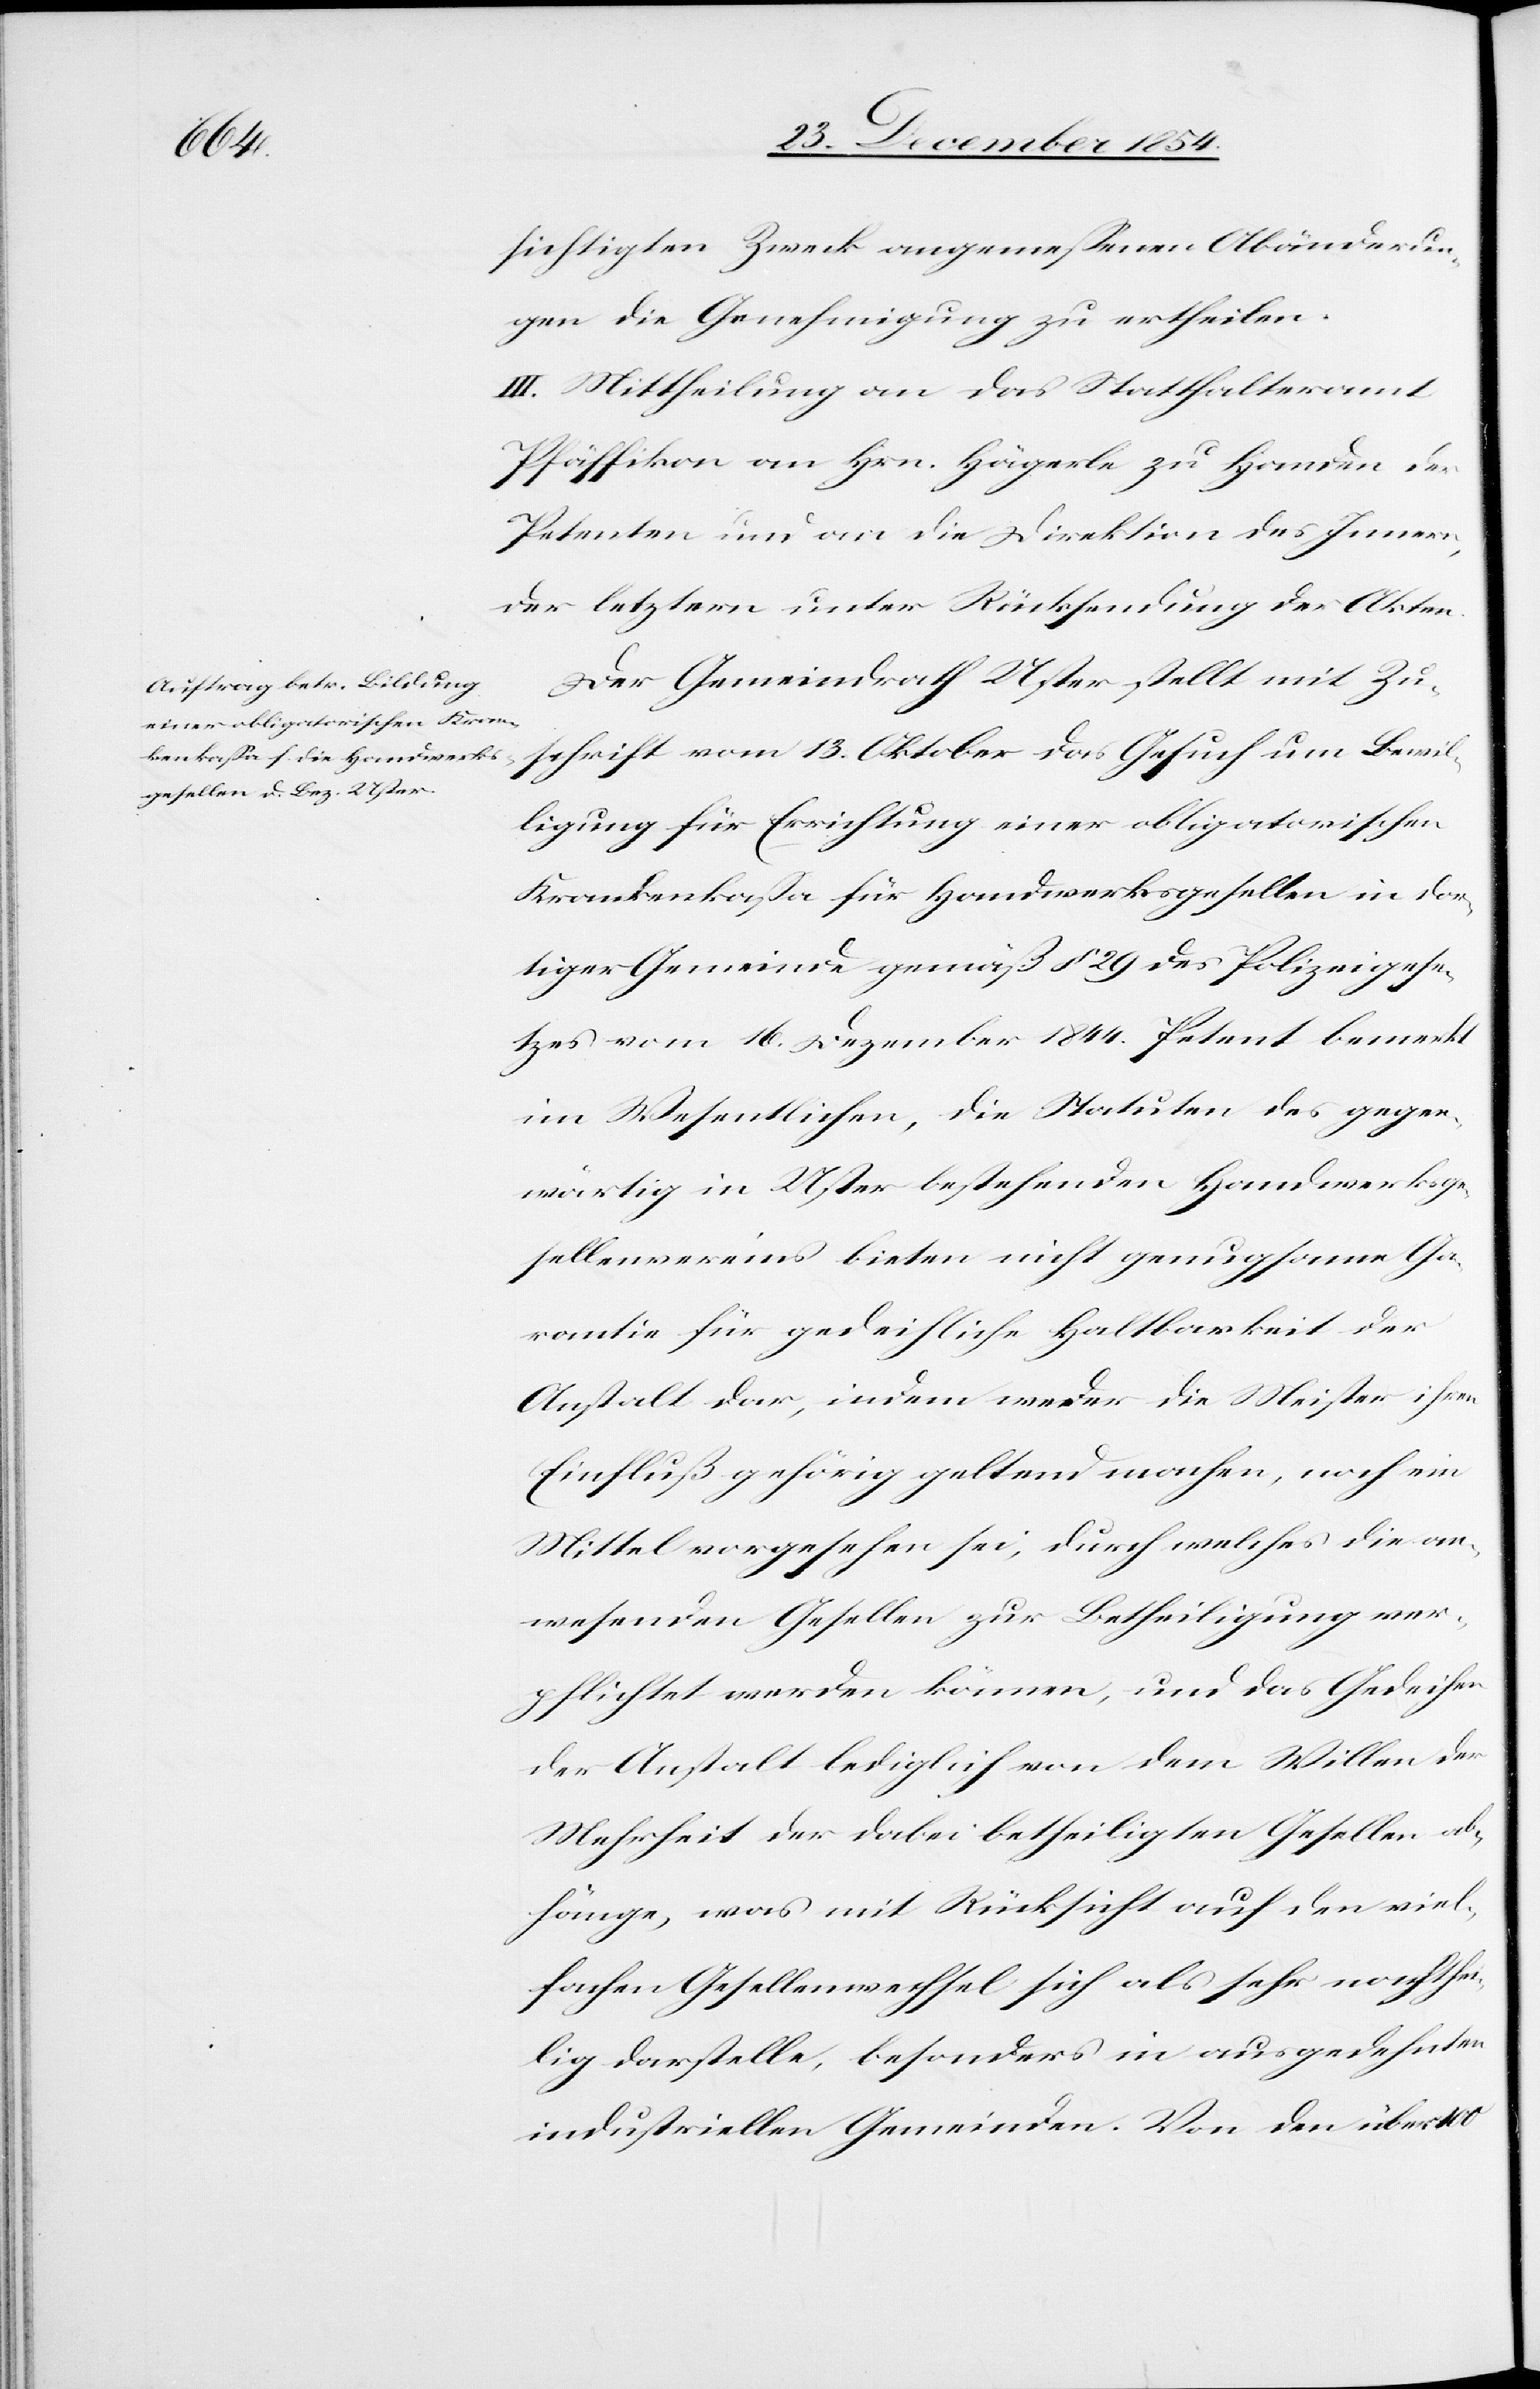
sichtigten Zweck angemeßenen Abänderun¬
gen die Genehmigung zu ertheilen.
III. Mittheilung an das Statthalteramt
Pfäffikon an Hrn. Hägerle zu Handen der
Petenten und an die Direktion des Innern,
der letztern unter Rücksendung der Akten.
Der Gemeindrath Uster stellt mit Zu¬
schrift vom 13. Oktober das Gesuch um Bewil¬
ligung für Errichtung einer obligatorischen
Krankenkaßa für Handwerksgesellen in dor¬
tiger Gemeinde gemäß § 29 des Polizeigese¬
tzes vom 16. Dezember 1844. Petent bemerkt
im Wesentlichen, die Statuten des gegen¬
wärtig in Uster bestehenden Handwerksge¬
sellenvereins bieten nicht genugsame Ga¬
rantie für gedeihliche Haltbarkeit der
Anstalt dar, indem weder die Meister ihren
Einfluß gehörig geltend machen, noch ein
Mittel vorgesehen sei, durch welches die an¬
wesenden Gesellen zur Betheiligung ver¬
pflichtet werden können, und das Gedeihen
der Anstalt lediglich von dem Willen der
Mehrheit der dabei betheiligten Gesellen ab¬
hänge, was mit Rücksicht auf den viel¬
fachen Gesellenwechsel sich als sehr nachthei¬
lig darstelle, besonders in ausgedehnten
industriellen Gemeinden. Von den über 100